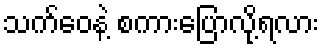
သက်ဝေနဲ့ စကားပြောလို့ရလား